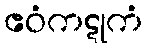
ဧဝံကဋုကံ